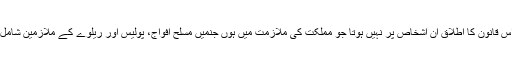
تاہم اس قانون کا اطلاق ان اشخاص پر نہیں ہوتا جو مملکت کی ملازمت میں ہوں جنمیں مسلح افواج، پولیس اور ریلوے کے ملازمین شامل ہیں۔